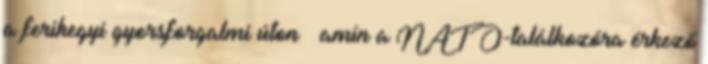
a ferihegyi gyorsforgalmi úton – amin a NATO-találkozóra érkező